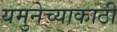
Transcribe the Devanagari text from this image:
यमुनेच्याकाठी